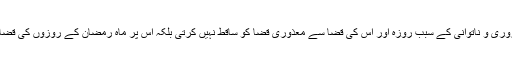
صرف کمزوری و ناتوانی کے سبب روزہ اور اس کی قضا سے معذوری قضا کو ساقط نہیں کرتی بلکہ اس پر ماہ رمضان کے روزوں کی قضا واجب ہے۔